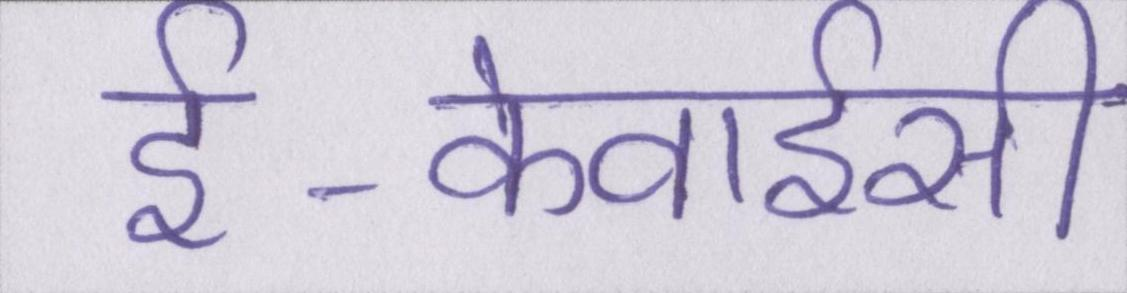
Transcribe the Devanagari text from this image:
ई-केवाईसी